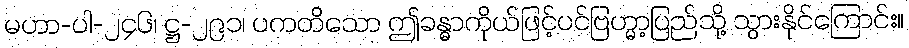
မဟာ-ပါ-၂၄၆၊ ဋ္ဌ-၂၉၁၊ ပကတိသော ဤခန္ဓာကိုယ်ဖြင့်ပင်ဗြဟ္မာ့ပြည်သို့ သွားနိုင်ကြောင်း။